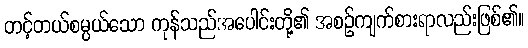
တင့်တယ်စမ္ပယ်သော ကုန်သည်အပေါင်းတို့၏ အစဉ်ကျက်စားရာလည်းဖြစ်၏။